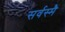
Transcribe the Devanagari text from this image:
सर्वस्मै